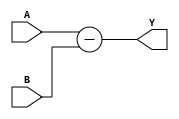
module substractor(A, B, Y);

input [7:0] A, B;
output [7:0] Y;

assign Y = A - B;

endmodule